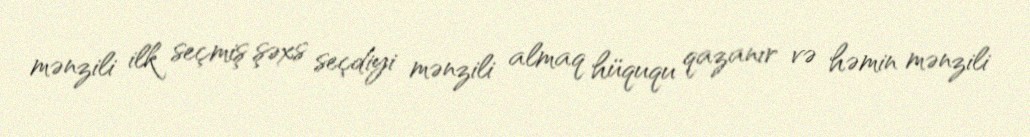
mənzili ilk seçmiş şəxs seçdiyi mənzili almaq hüququ qazanır və həmin mənzili